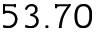
5 3 . 7 0